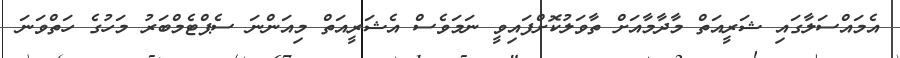
އެމައްސަލާގައި ޝަރީއަތް މާދާމާއަށް ތާވަލުކޮށްފައިވީ ނަމަވެސް އެޝަރީއަތް މިއަންނަ ސެޕްޓެމްބަރު މަހުގެ ހަތްވަނަ